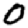
Digit: 0